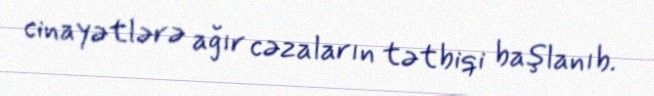
cinayətlərə ağır cəzaların tətbiqi başlanıb.